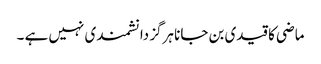
ماضی کا قیدی بن جانا ہرگز دانشمند ی نہیں ہے ۔